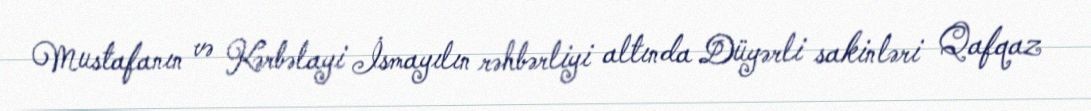
Mustafanın və Kərbəlayi İsmayılın rəhbərliyi altında Düyərli sakinləri Qafqaz